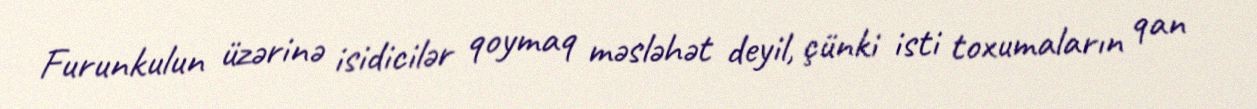
Furunkulun üzərinə isidicilər qoymaq məsləhət deyil, çünki isti toxumaların qan